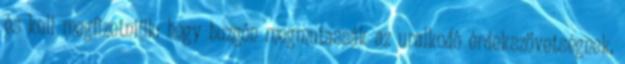
és kell megfizetniük: hogy buzgón megmutassák az uralkodó érdekszövetségnek,